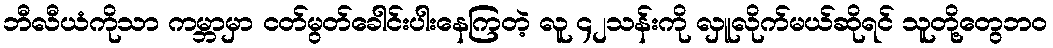
ဘီလီယံကိုသာ ကမ္ဘာမှာ ငတ်မွတ်ခေါင်းပါးနေကြတဲ့ လူ ၄၂သန်းကို လှူလိုက်မယ်ဆိုရင် သူတို့တွေဘဝ